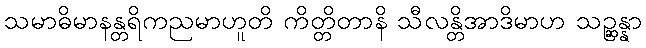
သမာဓိမာနန္တရိကညမာဟူတိ ကိတ္တိတာနိ သီလန္တိအာဒိမာဟ သဉ္ဆန္နာ